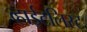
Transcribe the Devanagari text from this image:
व्हाईटलिस्ट